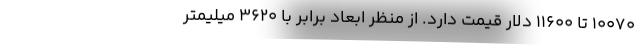
10070 تا 11600 دلار قیمت دارد. از منظر ابعاد برابر با 3620 میلیمتر